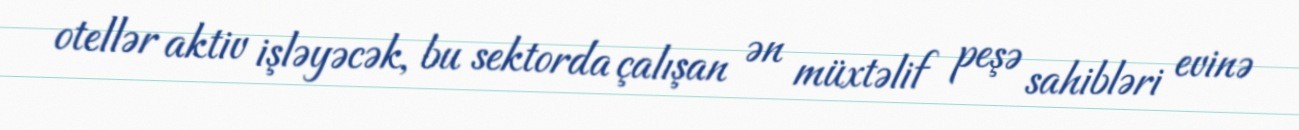
otellər aktiv işləyəcək, bu sektorda çalışan ən müxtəlif peşə sahibləri evinə